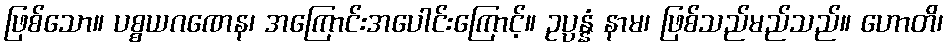
ဖြစ်သော။ ပစ္စယဂဏေန၊ အကြောင်းအပေါင်းကြောင့်။ ဥပ္ပန္နံ နာမ၊ ဖြစ်သည်မည်သည်။ ဟောတိ၊